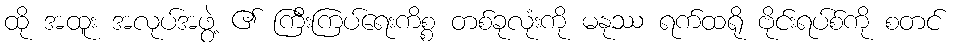
ထို အထူး အလုပ်အဖွဲ့ ၏ ကြီးကြပ်ရေးကိစ္စ တစ်ခုလုံးကို မနုဿ ရက်ထရို ဗိုင်းရပ်စ်ကို စတင်